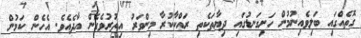
ގޮތެއްގައި ބަލިވެއިނުމުން ހަށިގަނޑުގައި ދިޔާތަކެތި ރައްކާކުރާ މިންވަރު އިތުރުވެގެން އާދެއެވެ. އެހެން ކަމުން